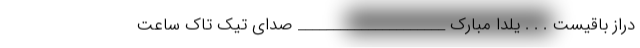
دراز باقیست . . . یلدا مبارک _____________________ صدای تیک تاک ساعت